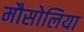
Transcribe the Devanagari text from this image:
मौसोलिया